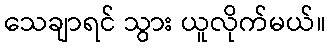
သေချာရင် သွား ယူလိုက်မယ်။